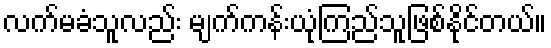
လက်မခံသူလည်း မျက်ကန်းယုံကြည်သူဖြစ်နိုင်တယ်။